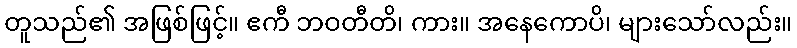
တူသည်၏ အဖြစ်ဖြင့်။ ဧကီ ဘဝတီတိ၊ ကား။ အနေကောပိ၊ များသော်လည်း။